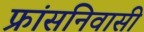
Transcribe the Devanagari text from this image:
फ्रांसनिवासी